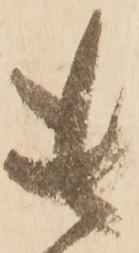
貴